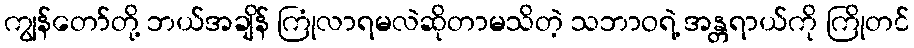
ကျွန်တော်တို့ ဘယ်အချိန် ကြုံလာရမလဲဆိုတာမသိတဲ့ သဘာဝရဲ့ အန္တရာယ်ကို ကြိုတင်